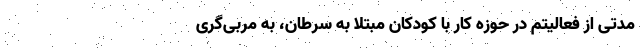
مدتی از فعالیتم در حوزه کار با کودکان مبتلا به سرطان، به مربی‌گری